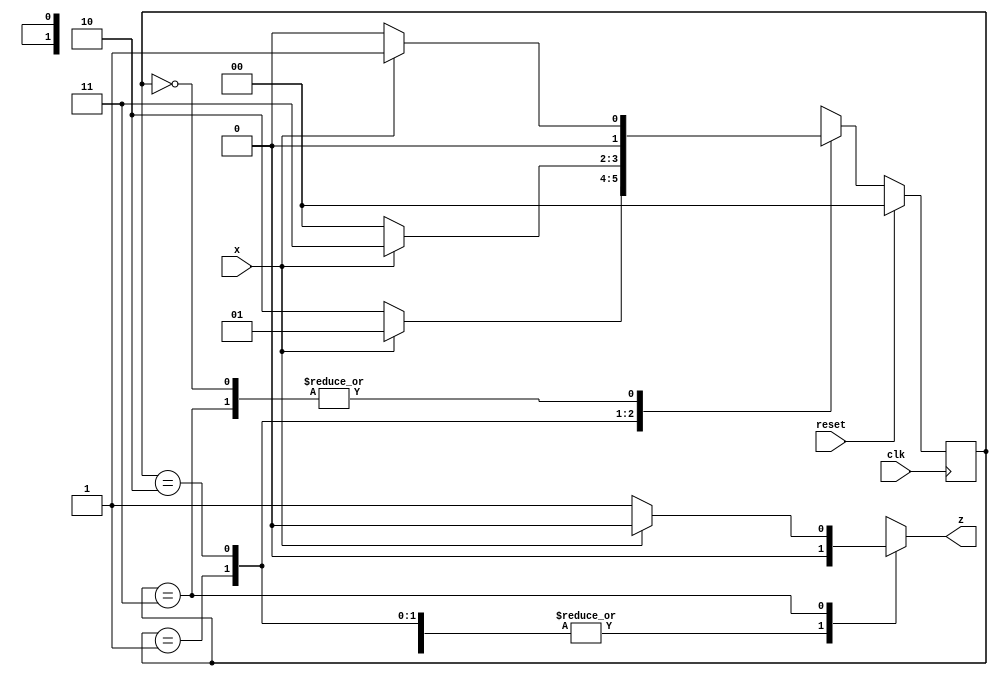
`timescale 1ns / 1ps
//////////////////////////////////////////////////////////////////////////////////
// Company: 
// Engineer: 
// 
// Design Name: 
// Module Name:    seq_detect 
// Project Name: 
// Target Devices: 
// Tool versions: 
// Description: 
//
// Dependencies: 
//
// Revision: 
// Revision 0.01 - File Created
// Additional Comments: 
//
//////////////////////////////////////////////////////////////////////////////////
module seq_1010_overlap(
				input x,clk,reset,
				output reg z
     );
	  
	  reg [1:0] state,next_state  ;     
	  
	  parameter S0 = 2'b00,S1 = 2'b01, S2 = 2'b10, S3 = 2'b11;       // states
	  
	  always @(posedge clk)begin
				if (reset)                       // synchronous reset 
						state <= S0 ;
				else
					   state <= next_state ;
						
		end
		
		// Mealy machine
		// without overlap 
		always @(*)begin
				z = 1'b0 ;
				case(state)
				S0: next_state = x ? S1 : S0 ;
				S1: next_state = x ? S1 : S2 ;
				S2: next_state = x ? S3 : S0 ;
				S3: begin 
					next_state = x ? S1 : S0 ;
					z = x ? 1'b0:1'b1 ;
					end
				endcase
				
		end


endmodule